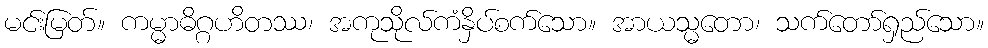
မင်းမြတ်။ ကမ္မာဓိဂ္ဂဟိတဿ၊ အကုသိုလ်ကံနှိပ်စက်သော။ အာယသ္မတော၊ သက်တော်ရှည်သော။